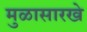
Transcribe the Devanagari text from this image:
मुळासारखे